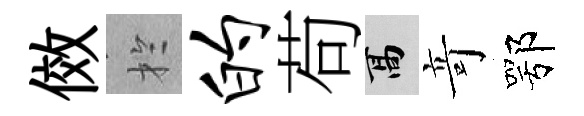
傚扵的苟高竒鄂